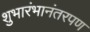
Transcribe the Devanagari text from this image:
शुभारंभानंतरपण